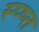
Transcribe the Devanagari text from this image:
स्प्ष्त